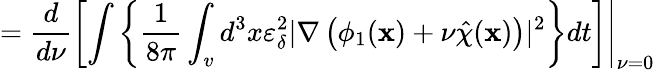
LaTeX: =\frac{d}{d\nu}\left.\left[\int\left\{ \frac{1}{8\pi}\int_{v}d^{3}x\varepsilon_{\delta}^{2}|\nabla\left(\phi_{1}(\textbf{x})+\nu\hat{\chi}(\textbf{x})\right)|^{2}\right\} dt\right]\right\vert_{\nu=0}